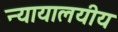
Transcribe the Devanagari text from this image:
न्यायालयीय